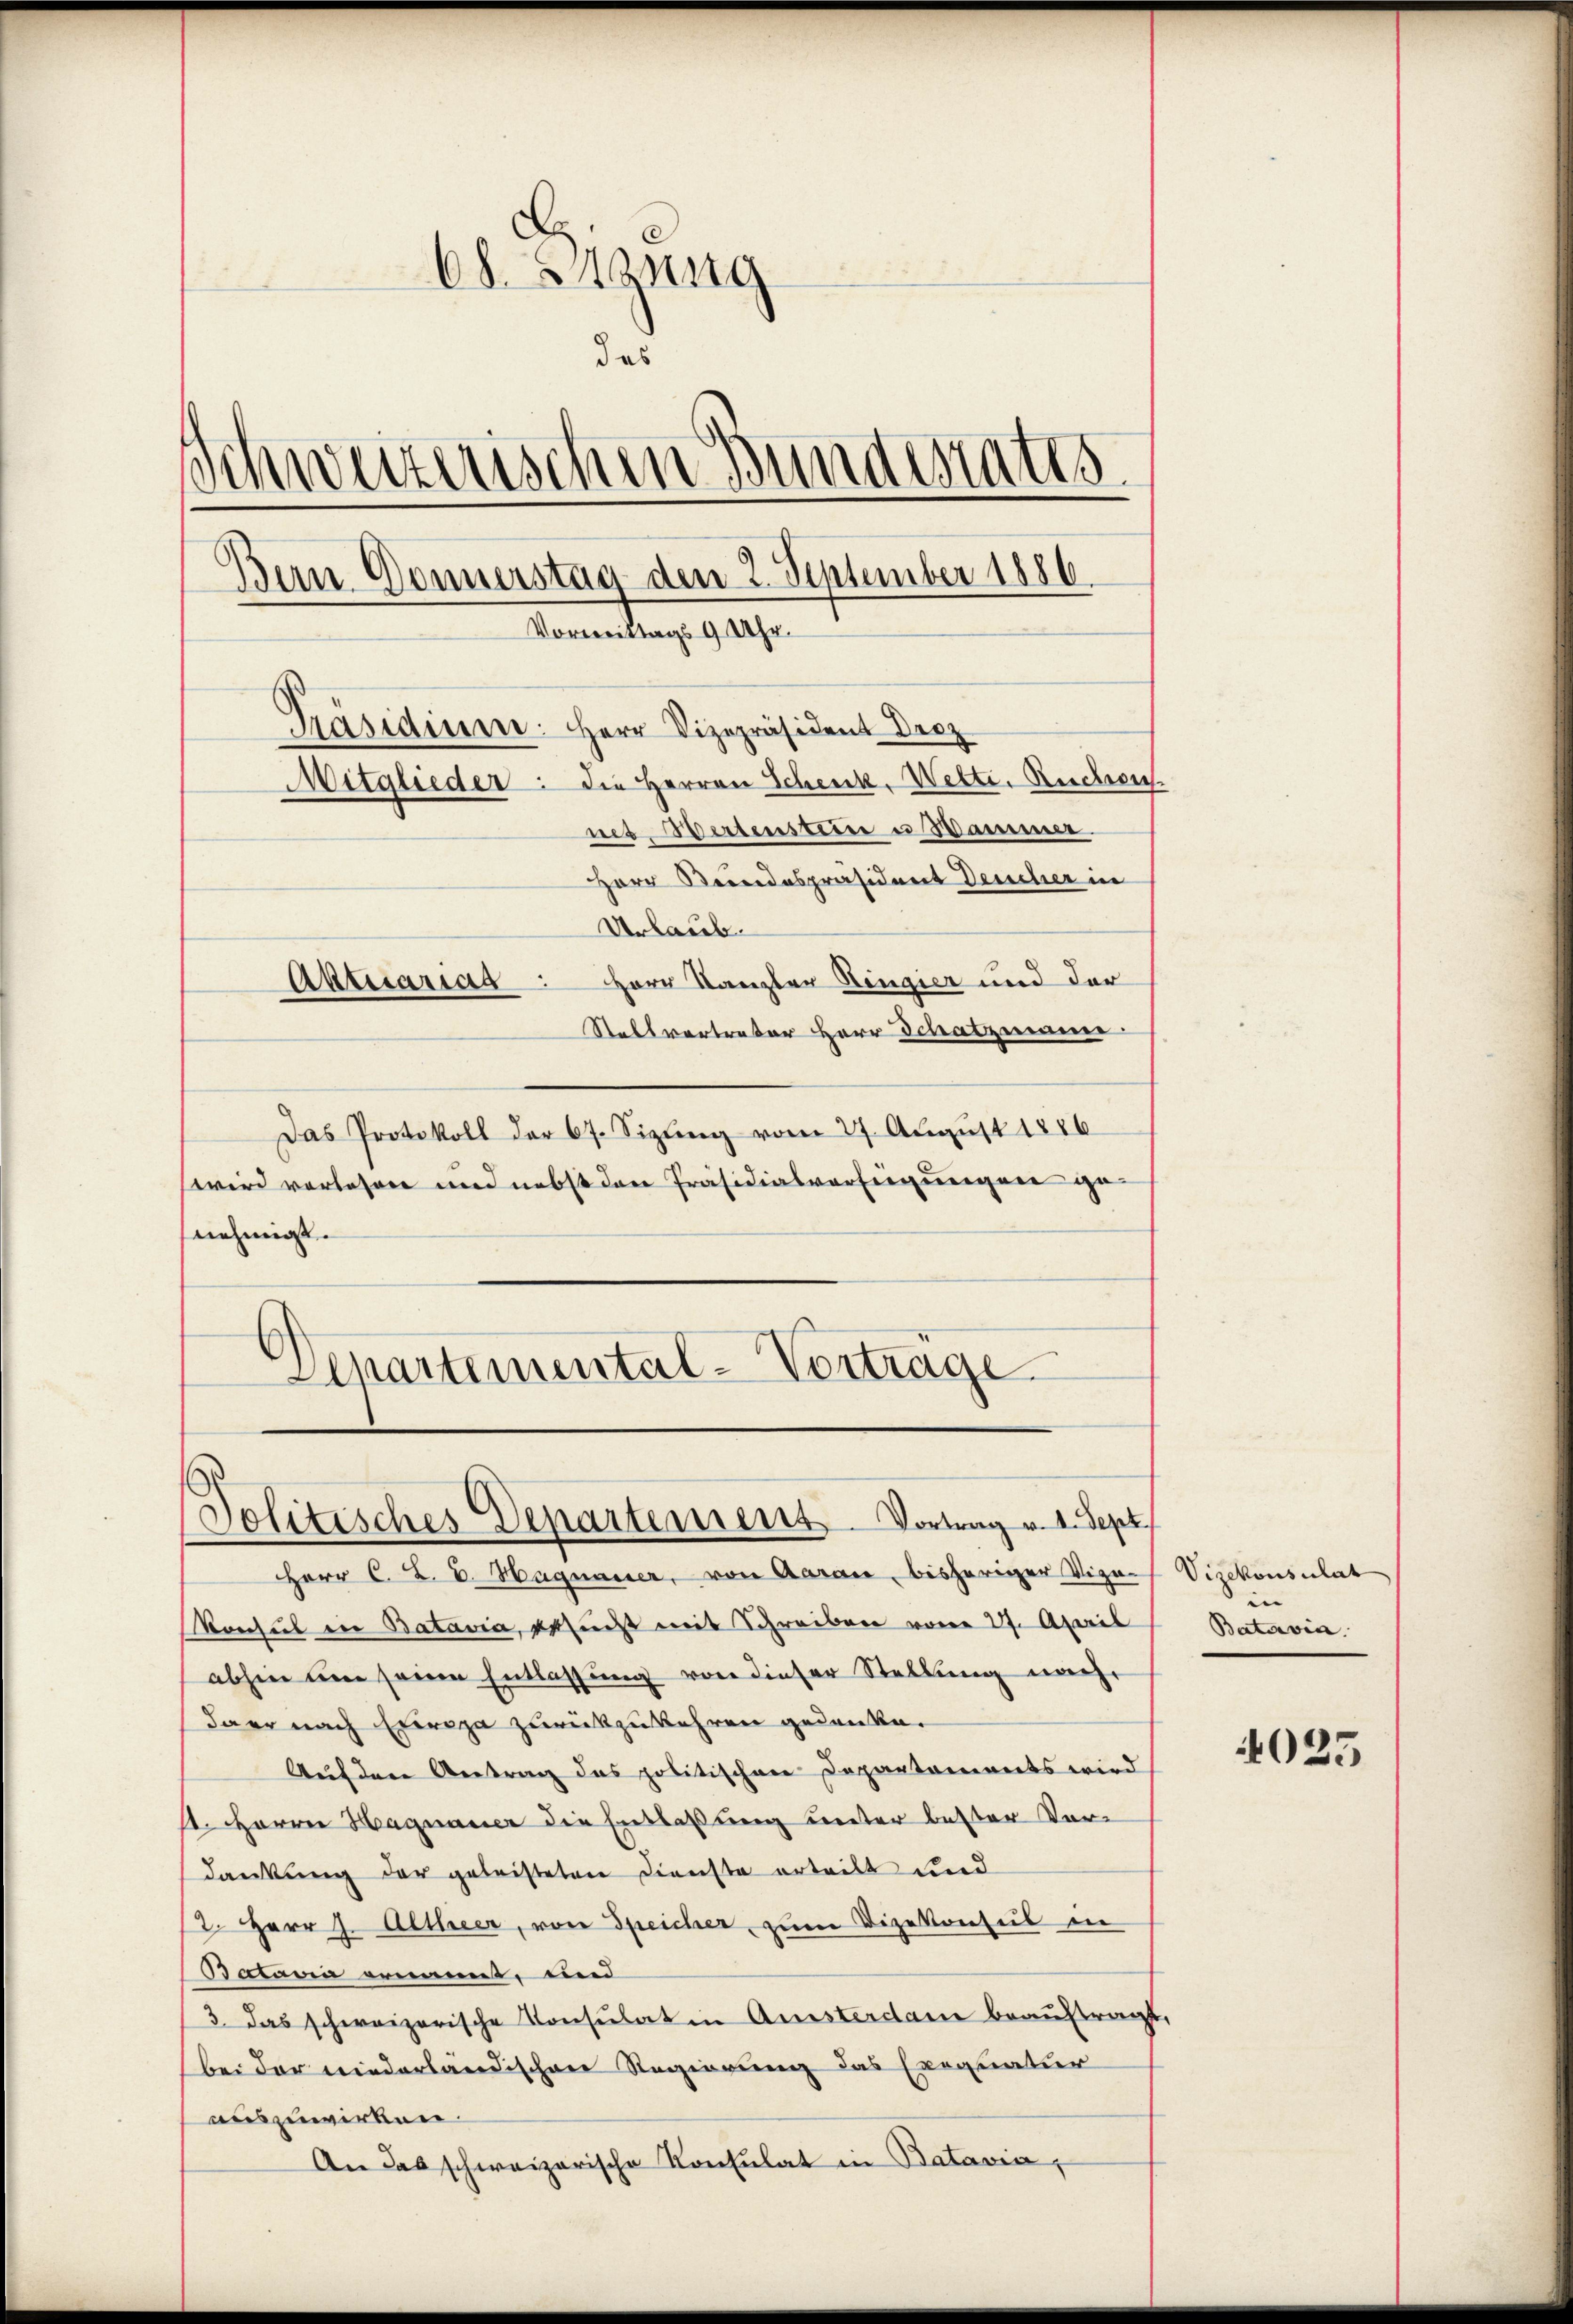
68. Btzung
—
das
im Bundertatis
Schweizeris
Bern Donnerstag den 2. September 1886
Vormittags 9 Uhr.
Präsidium. Herr Vizepräsident Droz
Mitglieder: die Herren Schenk, Wette, Ruchow
nes Wertenstein u Sammle
Herr Keindespräsident Deucher in
Urlaub.
Herr Kanzler Hingier und der
Aktuariag
Stallvertreter Herr Schatzmann.

Das Protokoll der 67. Sizling vom 27. August 1886
wird vorlesen und nebst den Präsidialverfeigungen genehmigt.
Departemental-Vorträge.

Herr C. Z. B. Hagnauer, von Aarau, bisheriger Vigan Vizekonsulat
Konsul in Batavia, besucht mit Schreiben vom 27. April
abhin um seine Entlassung von dieser Stellung nach
da er nach Expropa zurückzukehren gedanke.
Auf dere Antrag das politischen Departaments wird
II. Herren Hagnauer die Entlaßung unter bester Vordankung der geleisteten Dienste erteilt und
2. Herr J. Altheer, von Speicher zum Vizekonseil in
Batavia genannt, und
3. das schweizerische Konsulat in Aussterdame beauftragt,
bei der niederländischen Regierung das Exequatur
auszuwirken.
An das schweizerische Konsulat in Batavia,

Jolitisches Departement Vortrag v. 1. Sept

Batavia

4025